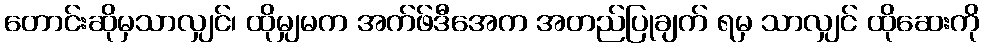
တောင်းဆိုမှသာလျှင်၊ ထိုမျှမက အက်ဖ်ဒီအေက အတည်ပြုချက် ရမှ သာလျှင် ထိုဆေးကို